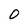
Character: O